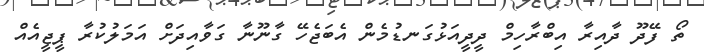
ތޯ ފޭދޫ ދާއިރާ އިބްރާހިމް ދީދީއަޅުގަނޑުމެން އެބަޖެހޭ ގާނޫނާ ގަވާއިދަށް އަމަލުކުރާ ޕީޖީއެއް